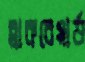
ব্লাকবেয়ার্ড